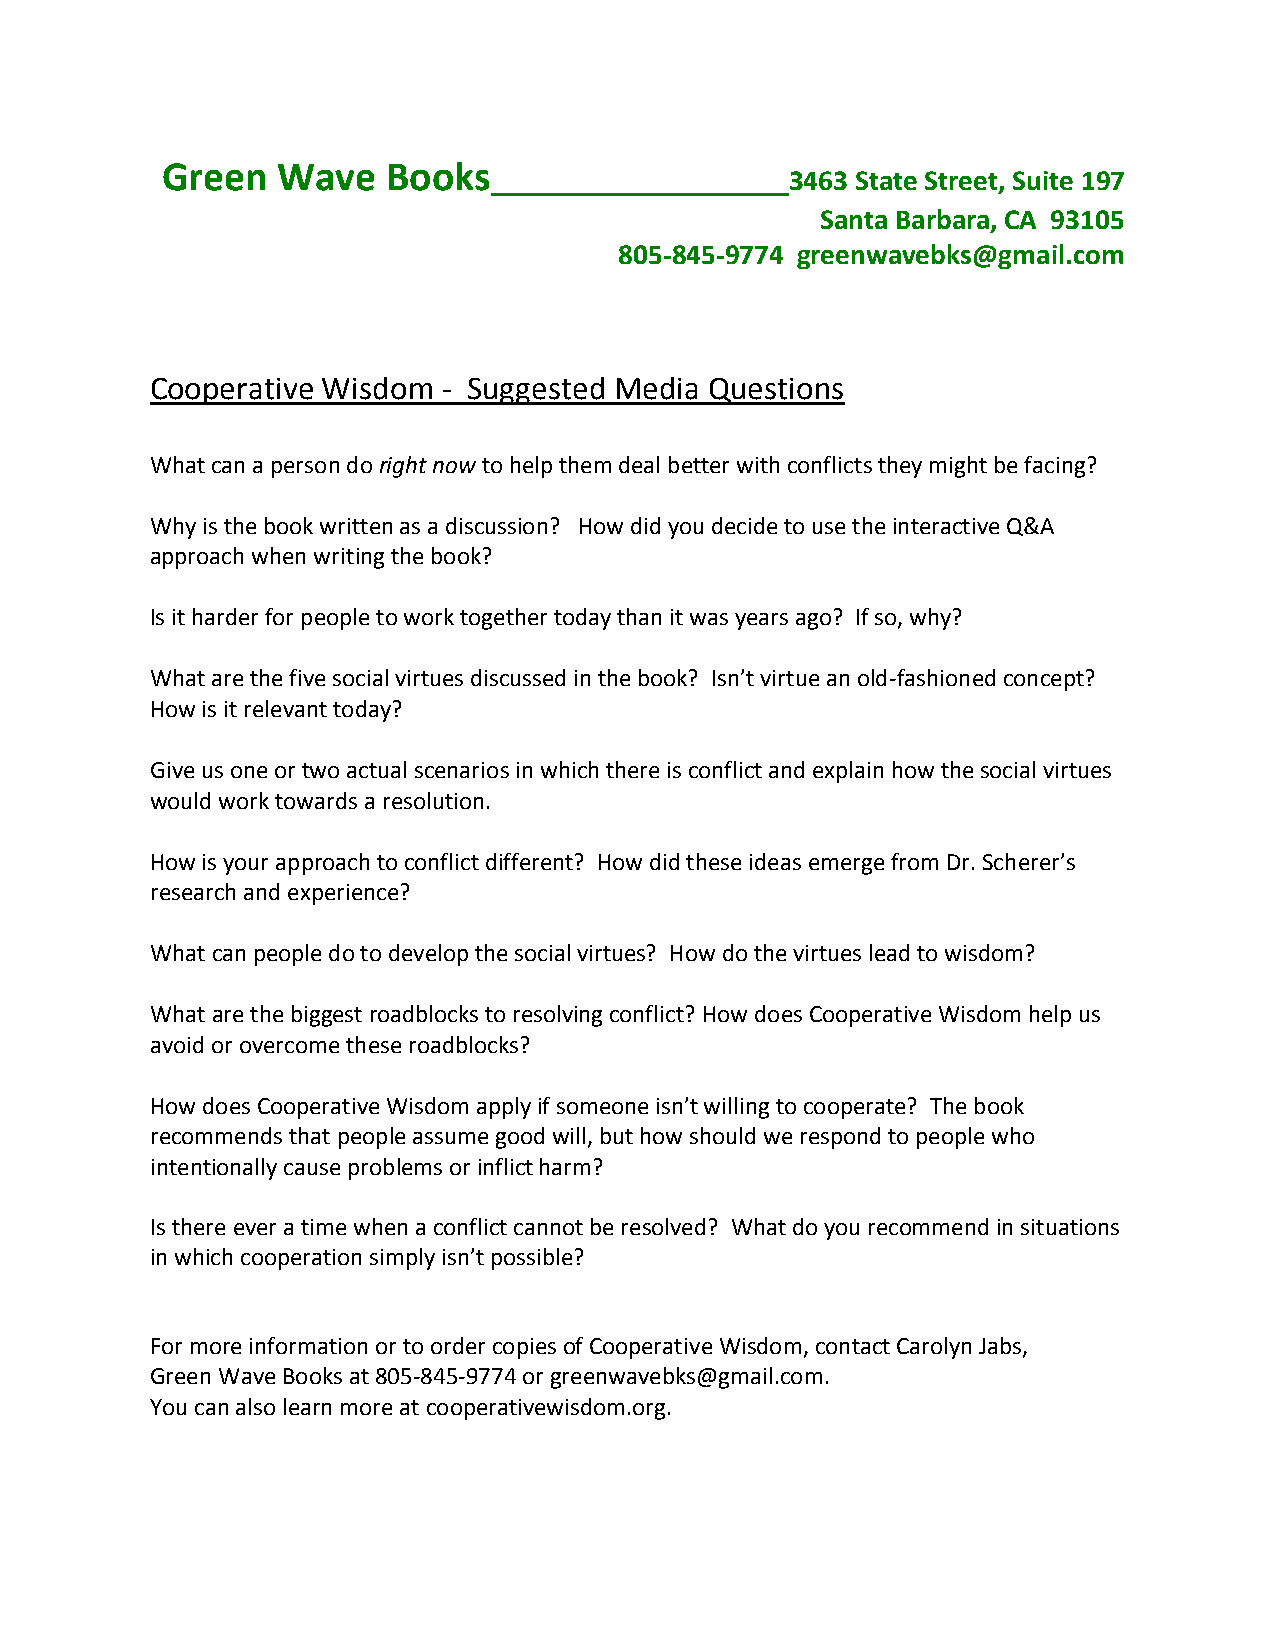
Green  Wave    Books
 __________________3463   State Street, Suite 197
 Santa Barbara, CA 93105
 805-845-9774 greenwavebks@gmail.com
 Cooperative Wisdom - Suggested Media Questions
 What can a person do right now to help them deal better with conflicts they might be facing?
 Why is the book written as a discussion? How did you decide to use the interactive Q&A
 approach when writing the book?
 Is it harder for people to work together today than it was years ago? If so, why?
 What are the five social virtues discussed in the book? Isn’t virtue an old-fashioned concept?
 How is it relevant today?
 Give us one or two actual scenarios in which there is conflict and explain how the social virtues
 would work towards a resolution.
 How is your approach to conflict different? How did these ideas emerge from Dr. Scherer’s
 research and experience?
 What can people do to develop the social virtues? How do the virtues lead to wisdom?
 What are the biggest roadblocks to resolving conflict? How does Cooperative Wisdom help us
 avoid or overcome these roadblocks?
 How does Cooperative Wisdom apply if someone isn’t willing to cooperate? The book
 recommends that people assume good will, but how should we respond to people who
 intentionally cause problems or inflict harm?
 Is there ever a time when a conflict cannot be resolved? What do you recommend in situations
 in which cooperation simply isn’t possible?
 For more information or to order copies of Cooperative Wisdom, contact Carolyn Jabs,
 Green Wave Books at 805-845-9774 or greenwavebks@gmail.com.
 You can also learn more at cooperativewisdom.org.